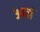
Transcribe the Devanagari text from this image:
३४वॉ